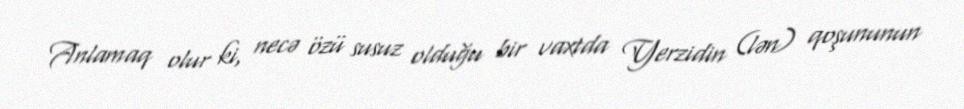
Anlamaq olur ki, necə özü susuz olduğu bir vaxtda Yerzidin (lən) qoşununun